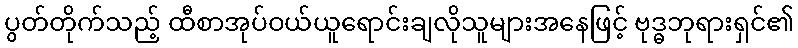
ပွတ်တိုက်သည့် ထီစာအုပ်ဝယ်ယူရောင်းချလိုသူများအနေဖြင့် ဗုဒ္ဓဘုရားရှင်၏